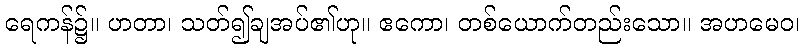
ရေကန်၌။ ဟတာ၊ သတ်၍ချအပ်၏ဟု။ ဧကော၊ တစ်ယောက်တည်းသော။ အဟမေဝ၊